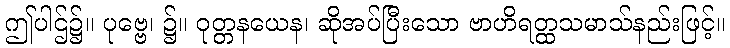
ဤပါဌ်၌။ ပုဗ္ဗေ၊ ၌။ ဝုတ္တနယေန၊ ဆိုအပ်ပြီးသော ဗာဟိရတ္ထသမာသ်နည်းဖြင့်။